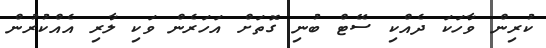
ކުރިން ވާހަކަ ދެއްކި ސޭޓް ބުނި ގޮތަށް އަހަރެން ވަކި ލާރި އެއްކުރުން